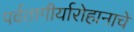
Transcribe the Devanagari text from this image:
पर्वतागीर्यारोहानाचे